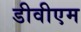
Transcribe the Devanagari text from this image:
डीवीएम